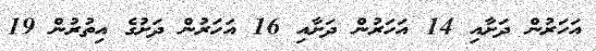
އަހަރުން ދަށާއި 14 އަހަރުން ދަށާއި 16 އަހަރުން ދަށުގެ އިތުރުން 19